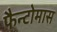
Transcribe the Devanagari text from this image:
फैन्टोमास